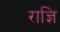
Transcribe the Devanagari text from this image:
राज्ञि